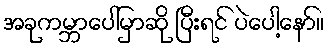
အခုကမ္ဘာပေါ်မှာဆို ပြီးရင် ပဲပေါ့နော်။